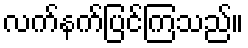
လက်နက်ပြင်ကြသည်။